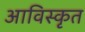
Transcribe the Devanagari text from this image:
आविस्कृत